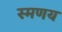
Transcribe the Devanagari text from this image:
स्मणय